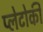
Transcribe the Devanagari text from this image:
प्लेटोकी